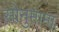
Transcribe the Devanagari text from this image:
सोनुमामा